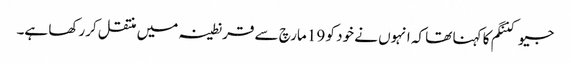
جیو کننگم کا کہنا تھا کہ انہوں نے خود کو 19 مارچ سے قرنطینہ میں منتقل کررکھا ہے۔